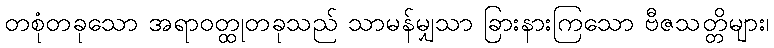
တစုံတခုသော အရာဝတ္ထုတခုသည် သာမန်မျှသာ ခြားနားကြသော ဗီဇသတ္တိများ၊